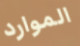
الموارد